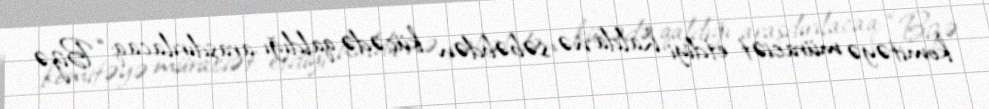
komitəyə müraciət etdiyi halda nə səbəbdən küçədə qaldığı araşdırılacaq: “Bizə